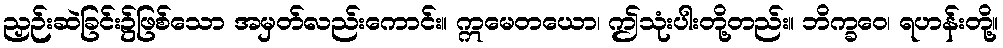
ညှဉ်းဆဲခြင်း၌ဖြစ်သော အမှတ်လည်းကောင်း။ ဣမေတယော၊ ဤသုံးပါးတို့တည်း။ ဘိက္ခဝေ၊ ရဟန်းတို့။